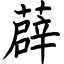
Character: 薜